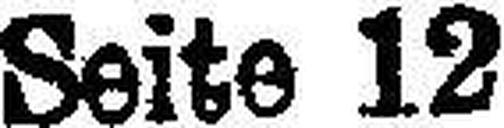
Seite 12